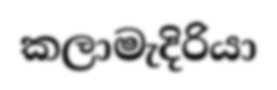
කලාමැදිරියා